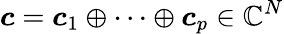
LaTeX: \boldsymbol{c}=\boldsymbol{c}_{1}\oplus\cdots\oplus\boldsymbol{c}_{p}\in\mathbb{C}^{N}